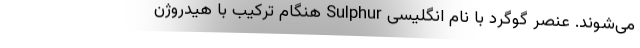
می‌شوند. عنصر گوگرد با نام انگلیسی Sulphur هنگام ترکیب با هیدروژن